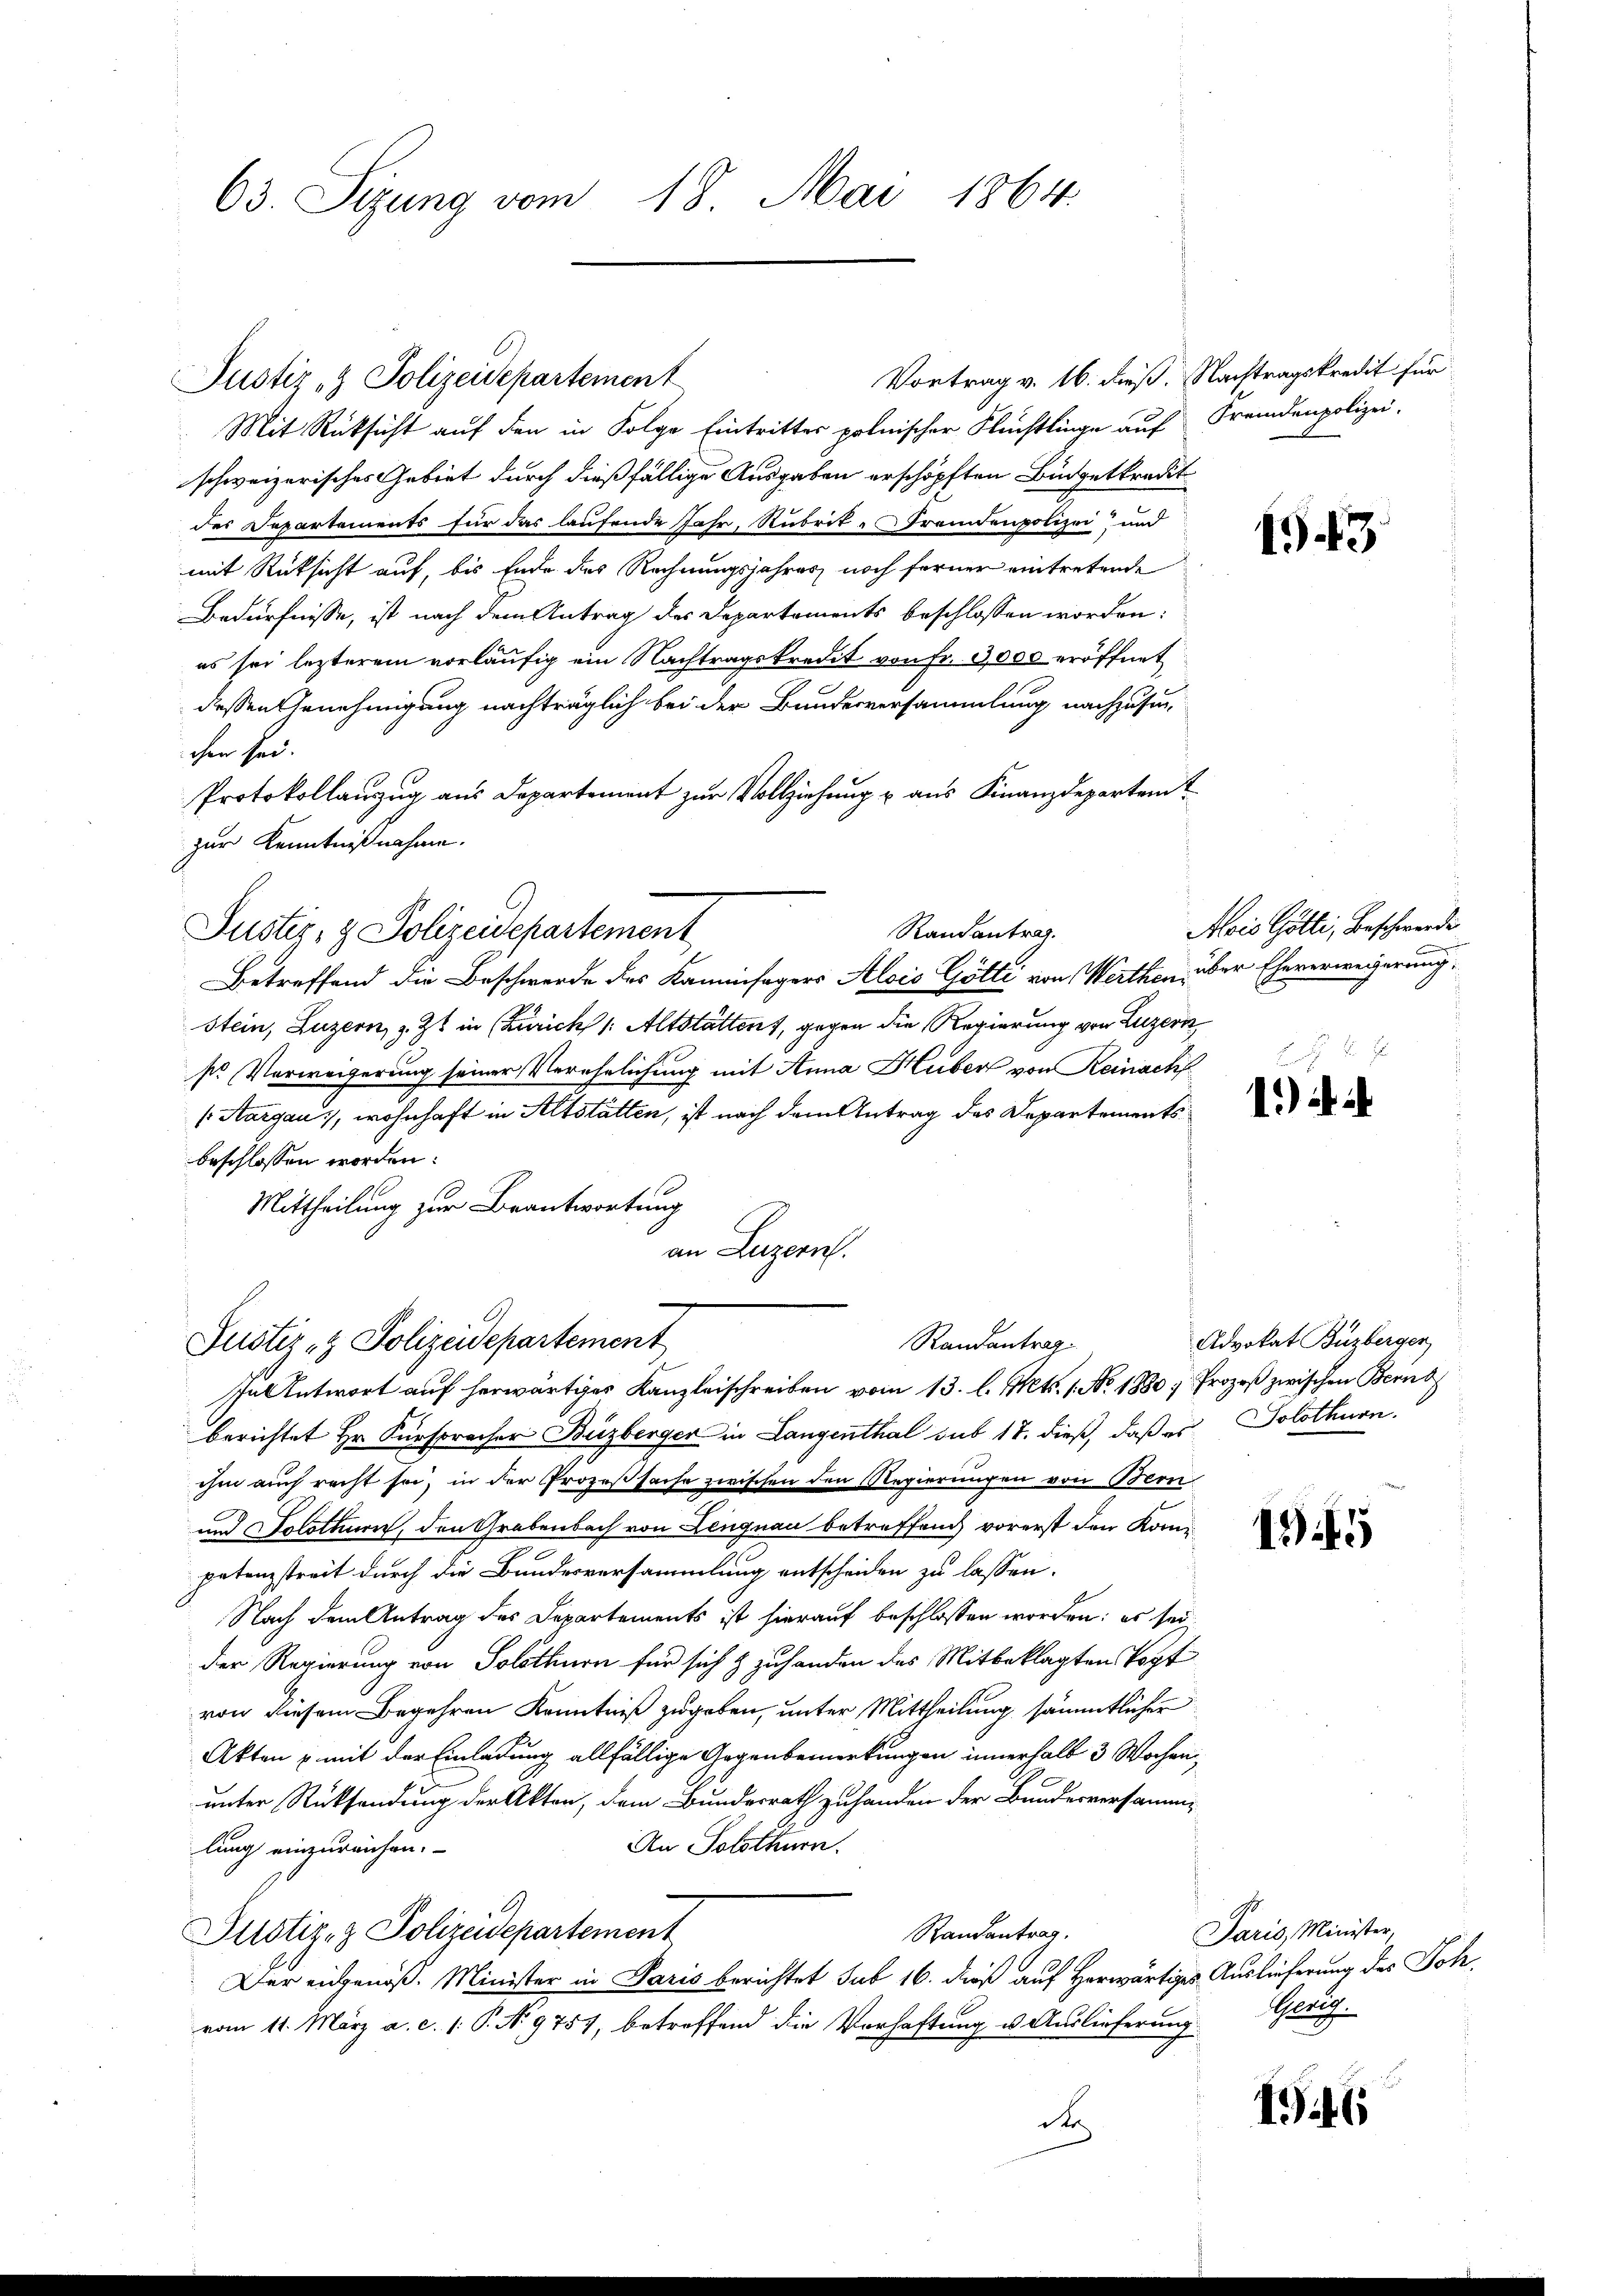
63. Sizung vom 18. Mai 1864.

Vortrag v. 16. dieß. Nachtragskredit für
Mit Rücksicht auf den in Folge Eintrittes polnischer Flüchtlinge auf Fremdenpolizei.
schweizerisches Gebiet durch dießfällige Ausgaben erschöpften Büdgetkredit
des Departements für das laufende Jahr, Rubrik-Fremdenpolizei und
mit Rücksicht auf, bis Ende des Rechnungsjahres noch ferner eintretende
Bedürfnisse, ist nach dem Antrag des Departements beschlossen worden:
es sei lezterem vorläufig ein Nachtragskredit von Fr. 3,000 eröffnet
dessen Genehmigung nachträglich bei der Bundesversammlung nachzusuc
chen sei.
Protokollauszug aus Departement zur Vollziehung u aus Finanzdepartem t
zur Kenntnißnahme.
Randantrag.
Justiz- & Polizeidepartement
Betreffend die Beschwerde des Kaminfegers Alois Götti von Werthen, über Eheverweigerung,
Stein, Luzern, z. Zt. in (Zürich /: Altstätten, gegen die Regierung von Luzern
sr Verweigerung seiner Verehelichung mit Anna Huber von Reinachf
(Aargau, wohnhaft in Altstätten, ist nach dem Antrag des Departementsbeschlossen worden:
Mittheilung zur Beantwortung
an Luzern.

Justiz- & Polizeidepartement

Justiz- & Polizeidepartement
Randantrag
JuAntwort auf herwärtiges Kanzleischreiben vom 13. l. Mts. 1. No. 1880, Prozeß zwischen Berns

berichtet Hr. Fürspracher Buzberger in Langenthal sub 17. dieß, daß es Solothurn.
ihm auch recht sei, in der Prozeßsache zwischen den Regierungen von Bern
und Solothurn, den Grabenbach von Lengnau betreffend vorerst den Kompetenzstreit durch die Bundesversammlung entscheiden zu lassen.
Nach dem Antrag des Departements ist hierauf beschlossen worden; es sei
der Regierung von Solothurn für sich & zuhanden des Mitbeklagten Vogt
von diesem Begehren Kenntniß zugeben, unter Mittheilung sämmtlicher
Akten u. mit der Einladung allfällige Gegenbemerkungen innerhalb 3 Wochenunter Rücksendung der Akten, dem Bundesrath zuhanden der Bundesversamm¬
An Solothurn.
lung einzureichen.
Justiz- & Polizeidepartement
Randantrag.
Der eidgenöß. Minister in Paris berichtet sub 16. dieß auf Herwärtiges Auslieferung des Johvom 11. März a. c. 1 P. No 9757, betreffend die Vorhaftung u. Auslieferung Gerig
de

1943

Aois Götti, Beschwerde

Brot
1) a

Advokat Buzberger

1345

Paris, Minister

Pit6